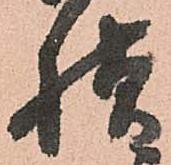
様